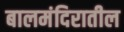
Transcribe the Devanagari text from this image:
बालमंदिरातील